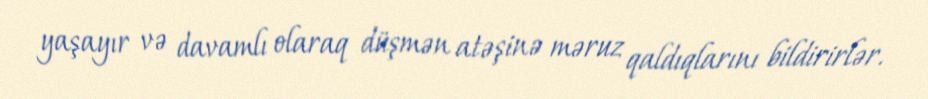
yaşayır və davamlı olaraq düşmən atəşinə məruz qaldıqlarını bildirirlər.